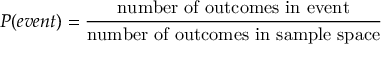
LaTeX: P ( e v e n t ) = { \frac { \mathrm { n u m b e r ~ o f ~ o u t c o m e s ~ i n ~ e v e n t } } { \mathrm { n u m b e r ~ o f ~ o u t c o m e s ~ i n ~ s a m p l e ~ s p a c e } } }